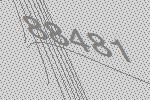
88481